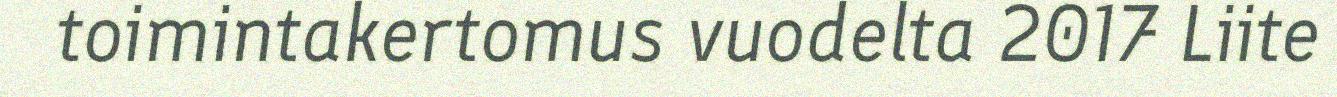
toimintakertomus vuodelta 2017 Liite